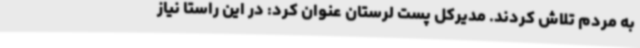
به مردم تلاش کردند. مدیرکل پست لرستان عنوان کرد: در این راستا نیاز